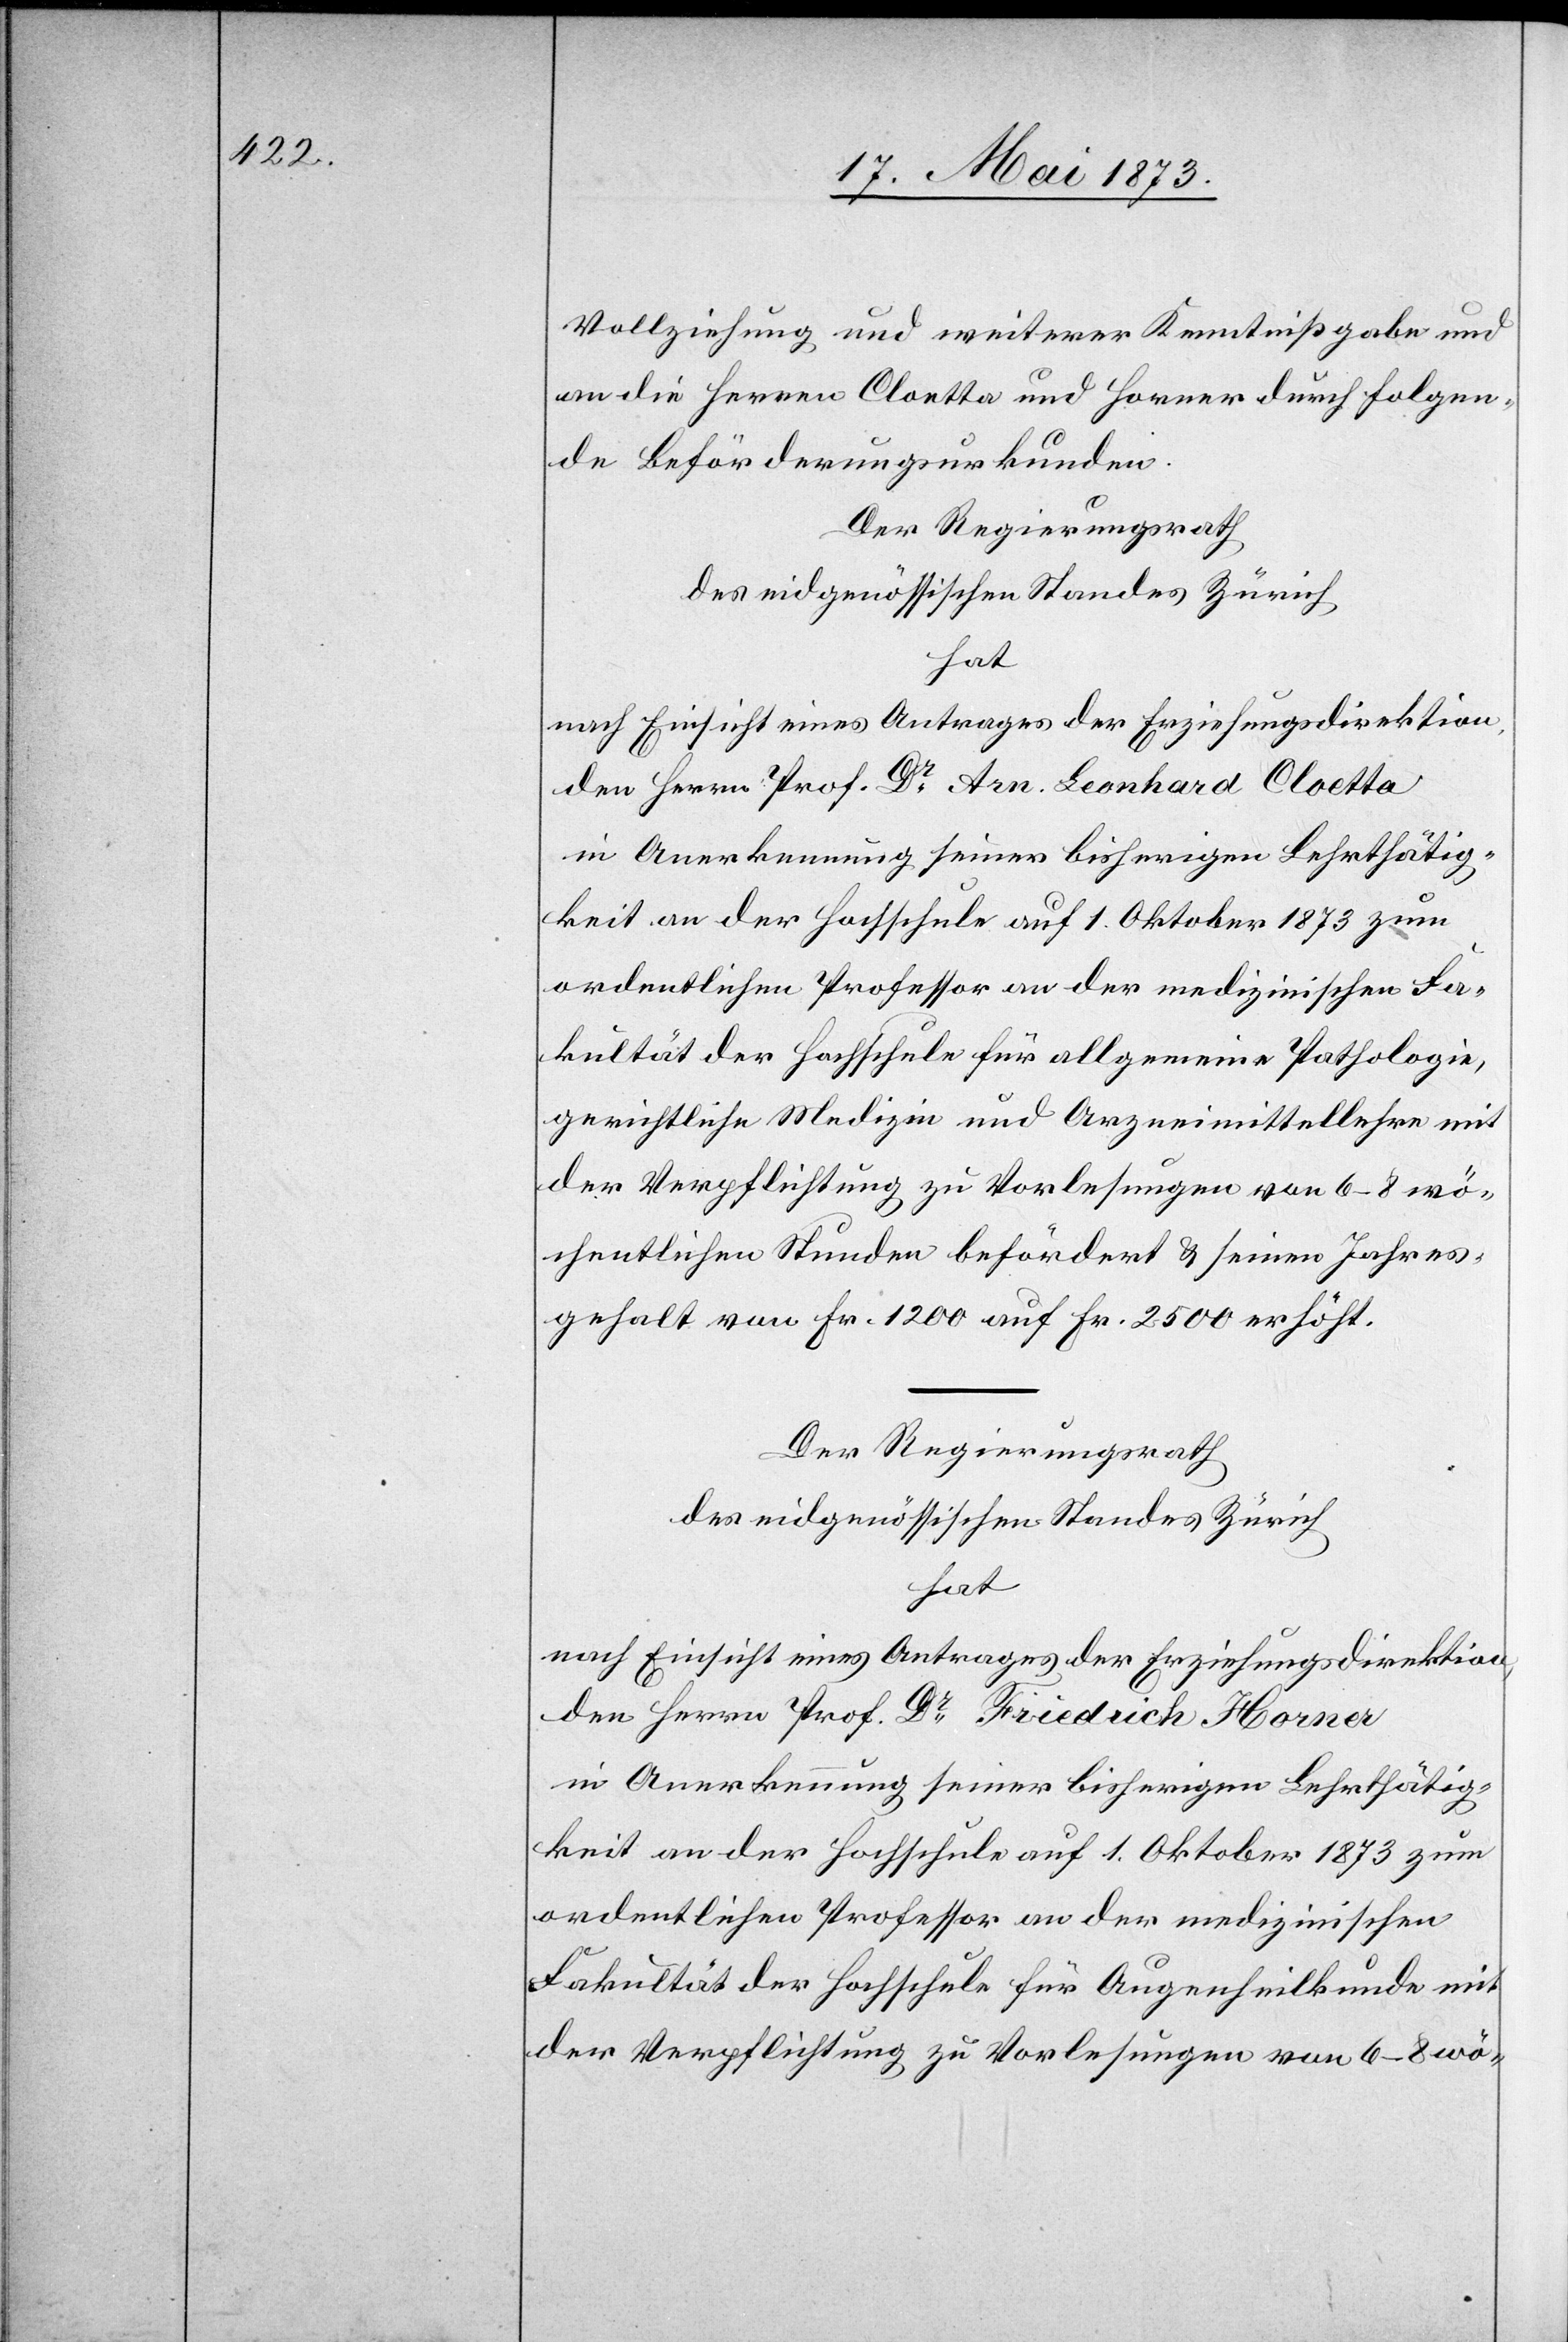
Vollziehung und weiterer Kenntnißgabe und
an die Herren Cloetta und Horner durch folgen¬
de Beförderungsurkunden.
Der Regierungsrath
des eidgenössischen Standes Zürich
hat
nach Einsicht eines Antrages der Erziehungsdirektion,
den Herrn Prof. Dr Arn. Leonhard Cloetta
in Anerkennung seiner bisherigen Lehrthätig¬
keit an der Hochschule auf 1. Oktober 1873 zum
ordentlichen Professor an der medizinischen Fa¬
kultät der Hochschule für allgemeine Pathologie,
gerichtliche Medizin und Arzneimittellehre mit
der Verpflichtung zu Vorlesungen von 6–8 wö¬
chentlichen Stunden befördert & seinen Jahres¬
gehalt von Fr. 1 200 auf Fr. 2 500 erhöht.
Der Regierungsrath
des eidgenössischen Standes Zürich
hat
nach Einsicht eines Antrages der Erziehungsdirektion,
den Herrn Prof. Dr Friedrich Horner
in Anerkennung seiner bisherigen Lehrthätig¬
keit an der Hochschule auf 1. Oktober 1873 zum
ordentlichen Professor an der medizinischen
Fakultät der Hochschule für Augenheilkunde mit
der Verpflichtung zu Vorlesungen von 6–8 wö-